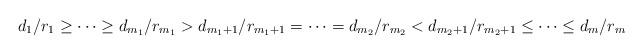
LaTeX: \begin{align*} d_1 / r_1 \geq \cdots \geq d_{m_1} / r_{m_1} > d_{m_1+1} / r_{m_1+1} = \cdots = d_{m_2} / r_{m_2} < d_{m_2+1} / r_{m_2+1} \leq \cdots \leq d_m / r_m \end{align*}